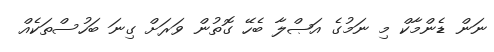
ނަން ޑެންމާކް މި ނަމުގެ އަޞްލާ ބެހޭ ގޮތުން ވަރަށް ގިނަ ބަހުސްތަކެެއް